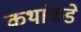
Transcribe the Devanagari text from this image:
कथांकडे